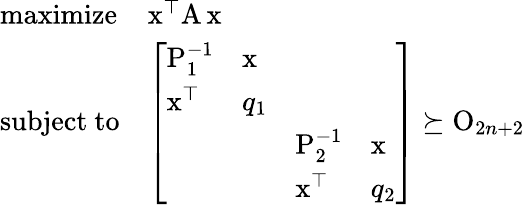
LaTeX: \begin{array}{ll}{\mathrm{maximize}}&{\mathrm x^{\top}\mathrm A\, \mathrm x}\\ {\mathrm{subject~to}}&{\left[\begin{array}{llll}{\mathrm P_{1}^{-1}}&{\mathrm x}&&\\ {\mathrm x^{\top}}&{q_{1}}&&\\ &&{\mathrm P_{2}^{-1}}&{\mathrm x}\\ &&{\mathrm x^{\top}}&{q_{2}}\end{array}\right]\succeq\mathrm O_{2n+2}}\end{array}